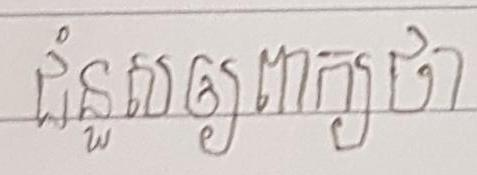
ជំនួសឲ្យពាក្យថា